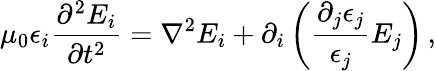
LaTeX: \mu_{0}\epsilon_{i}\frac{\partial^{2}E_{i}}{\partial t^{2}}=\nabla^{2}E_{i}+\partial_{i}\left(\frac{\partial_{j}\epsilon_{j}}{\epsilon_{j}}E_{j}\right)\, ,